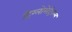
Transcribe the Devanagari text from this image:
ट्रिग्लोमेट्रिकल